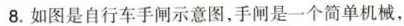
8.如图是自行车手闸示意图，手闸是一个简单机械，